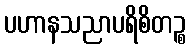
ပဟာနသညာပရိစိတဉ္စ